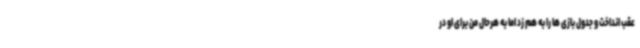
عقب انداخت و جدول بازی ها را به هم زد اما به هرحال من برای او در